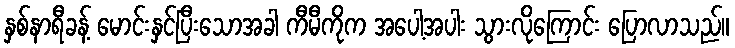
နှစ်နာရီခန့် မောင်းနှင်ပြီးသောအခါ ကီမီကိုက အပေါ့အပါး သွားလိုကြောင်း ပြောလာသည်။